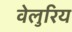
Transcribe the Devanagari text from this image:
वेलुरिय